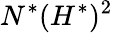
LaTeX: N^{*}(H^{*})^{2}